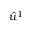
\hat { u } ^ { 1 }